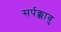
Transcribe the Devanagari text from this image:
सर्पक्कावु